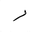
Letter: _ra